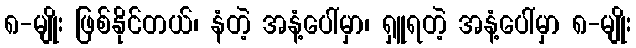
၈-မျိုး ဖြစ်နိုင်တယ်၊ နံတဲ့ အနံ့ပေါ်မှာ၊ ရှူရတဲ့ အနံ့ပေါ်မှာ ၈-မျိုး